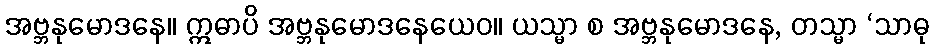
အဗ္ဘနုမောဒနေ။ ဣဓာပိ အဗ္ဘနုမောဒနေယေဝ။ ယသ္မာ စ အဗ္ဘနုမောဒနေ, တသ္မာ ‘သာဓု